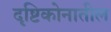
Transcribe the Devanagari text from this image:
दृष्टिकोनातील